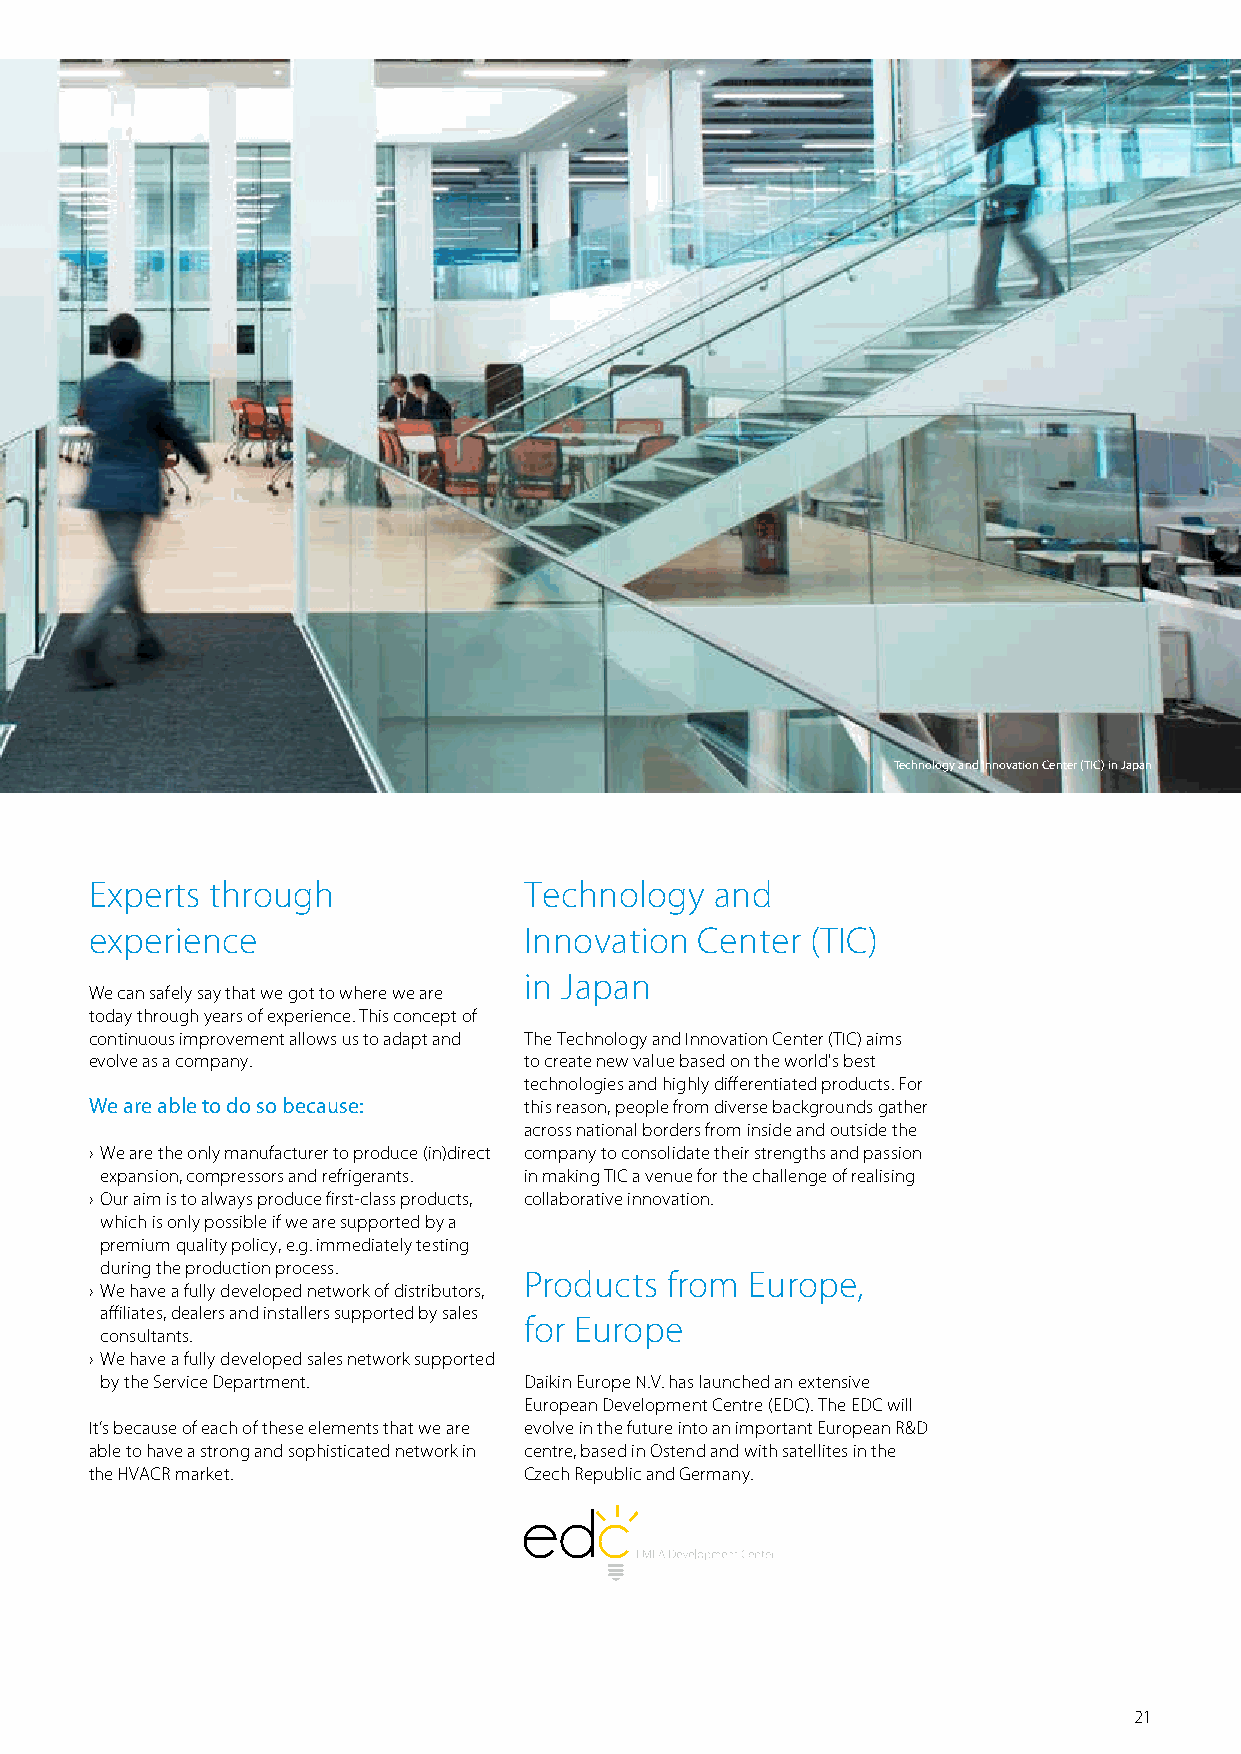
Technology and Innovation Center (TIC) in Japan
 Experts through              Technology  and
 experience                   Innovation Center  (TIC)
 in Japan
 We can safely say that we got to where we are
 today through years of experience. This concept of
 continuous improvement allows us to adapt and The Technology and Innovation Center (TIC) aims
 evolve as a company.         to create new value based on the world's best
 technologies and highly differentiated products. For
 We are able to do so because: this reason, people from diverse backgrounds gather
 across national borders from inside and outside the
 › We are the only manufacturer to produce (in)direct company to consolidate their strengths and passion
 expansion, compressors and refrigerants. in making TIC a venue for the challenge of realising
 › Our aim is to always produce first-class products, collaborative innovation.
 which is only possible if we are supported by a
 premium quality policy, e.g. immediately testing
 during the production process.
 Products from  Europe,
 › We have a fully developed network of distributors,
 affiliates, dealers and installers supported by sales
 for Europe
 consultants.
 › We have a fully developed sales network supported
 by the Service Department.  Daikin Europe N.V. has launched an extensive
 European Development Centre (EDC). The EDC will
 It’s because of each of these elements that we are evolve in the future into an important European R&D
 able to have a strong and sophisticated network in centre, based in Ostend and with satellites in the
 the HVACR market.            Czech Republic and Germany.
 21